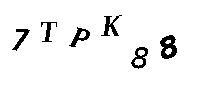
7TPK88